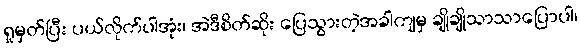
ရှုမှတ်ပြီး ပယ်လိုက်ပါအုံး၊ အဲဒီစိတ်ဆိုး ပြေသွားတဲ့အခါကျမှ ချိုချိုသာသာပြောပါ၊